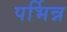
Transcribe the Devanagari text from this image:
पर्भिन्न